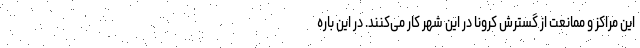
این مراکز و ممانعت از گسترش کرونا در این شهر کار می‌کنند. در این باره